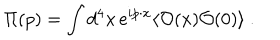
\Pi ( p ) = \int d ^ { 4 } x \, e ^ { i p \cdot x } \langle { \cal O } ( x ) { \cal O } ( 0 ) \rangle \ .